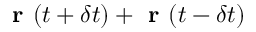
\textbf { r } ( t + \delta t ) + \textbf { r } ( t - \delta t )